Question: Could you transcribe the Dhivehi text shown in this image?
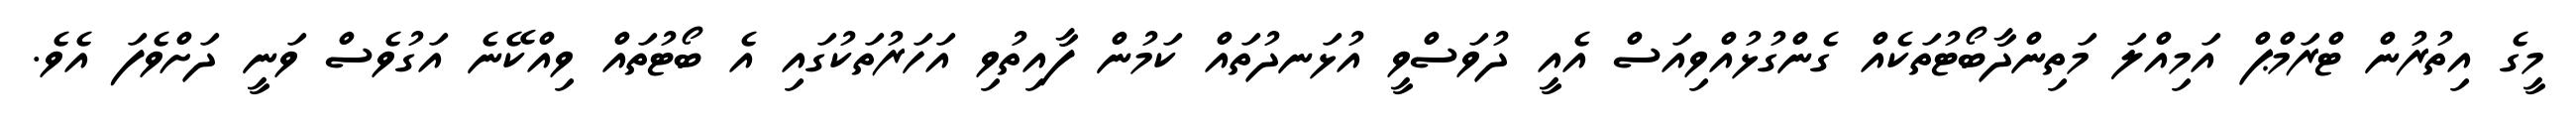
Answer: މީގެ އިތުރުން ޓްރަމްޕް އަމިއްލަ މަތިންދާބޯޓުތަކެއް ގެންގުޅުއްވިއަސް އެއީ ދުވަސްވީ އުޅަނދުތައް ކަމުން ފާއިތުވި އަހަރުތަކުގައި އެ ބޯޓުތައް ވިއްކޭނެ އަގުވެސް ވަނީ ދަށްވެފަ އެވެ.